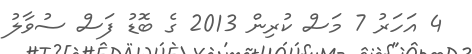
4 އަހަރު 7 މަސް ކުރިން 2013 ގެ ބޮޑު ފަސް ސުވާލު